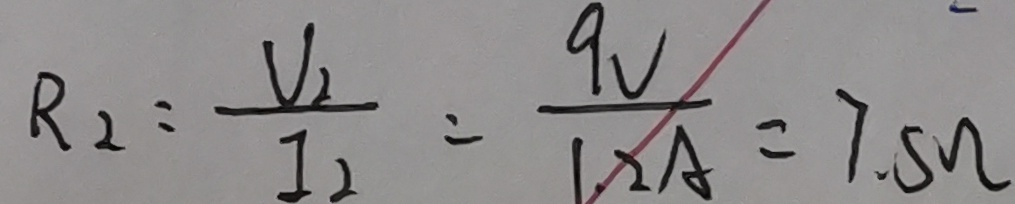
R _ { 2 } = \frac { V _ { 2 } } { I _ { 2 } } = \frac { 9 V } { 1 . 2 A } = 7 . 5 \Omega